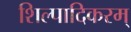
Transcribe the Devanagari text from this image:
शिल्पादिकरम्